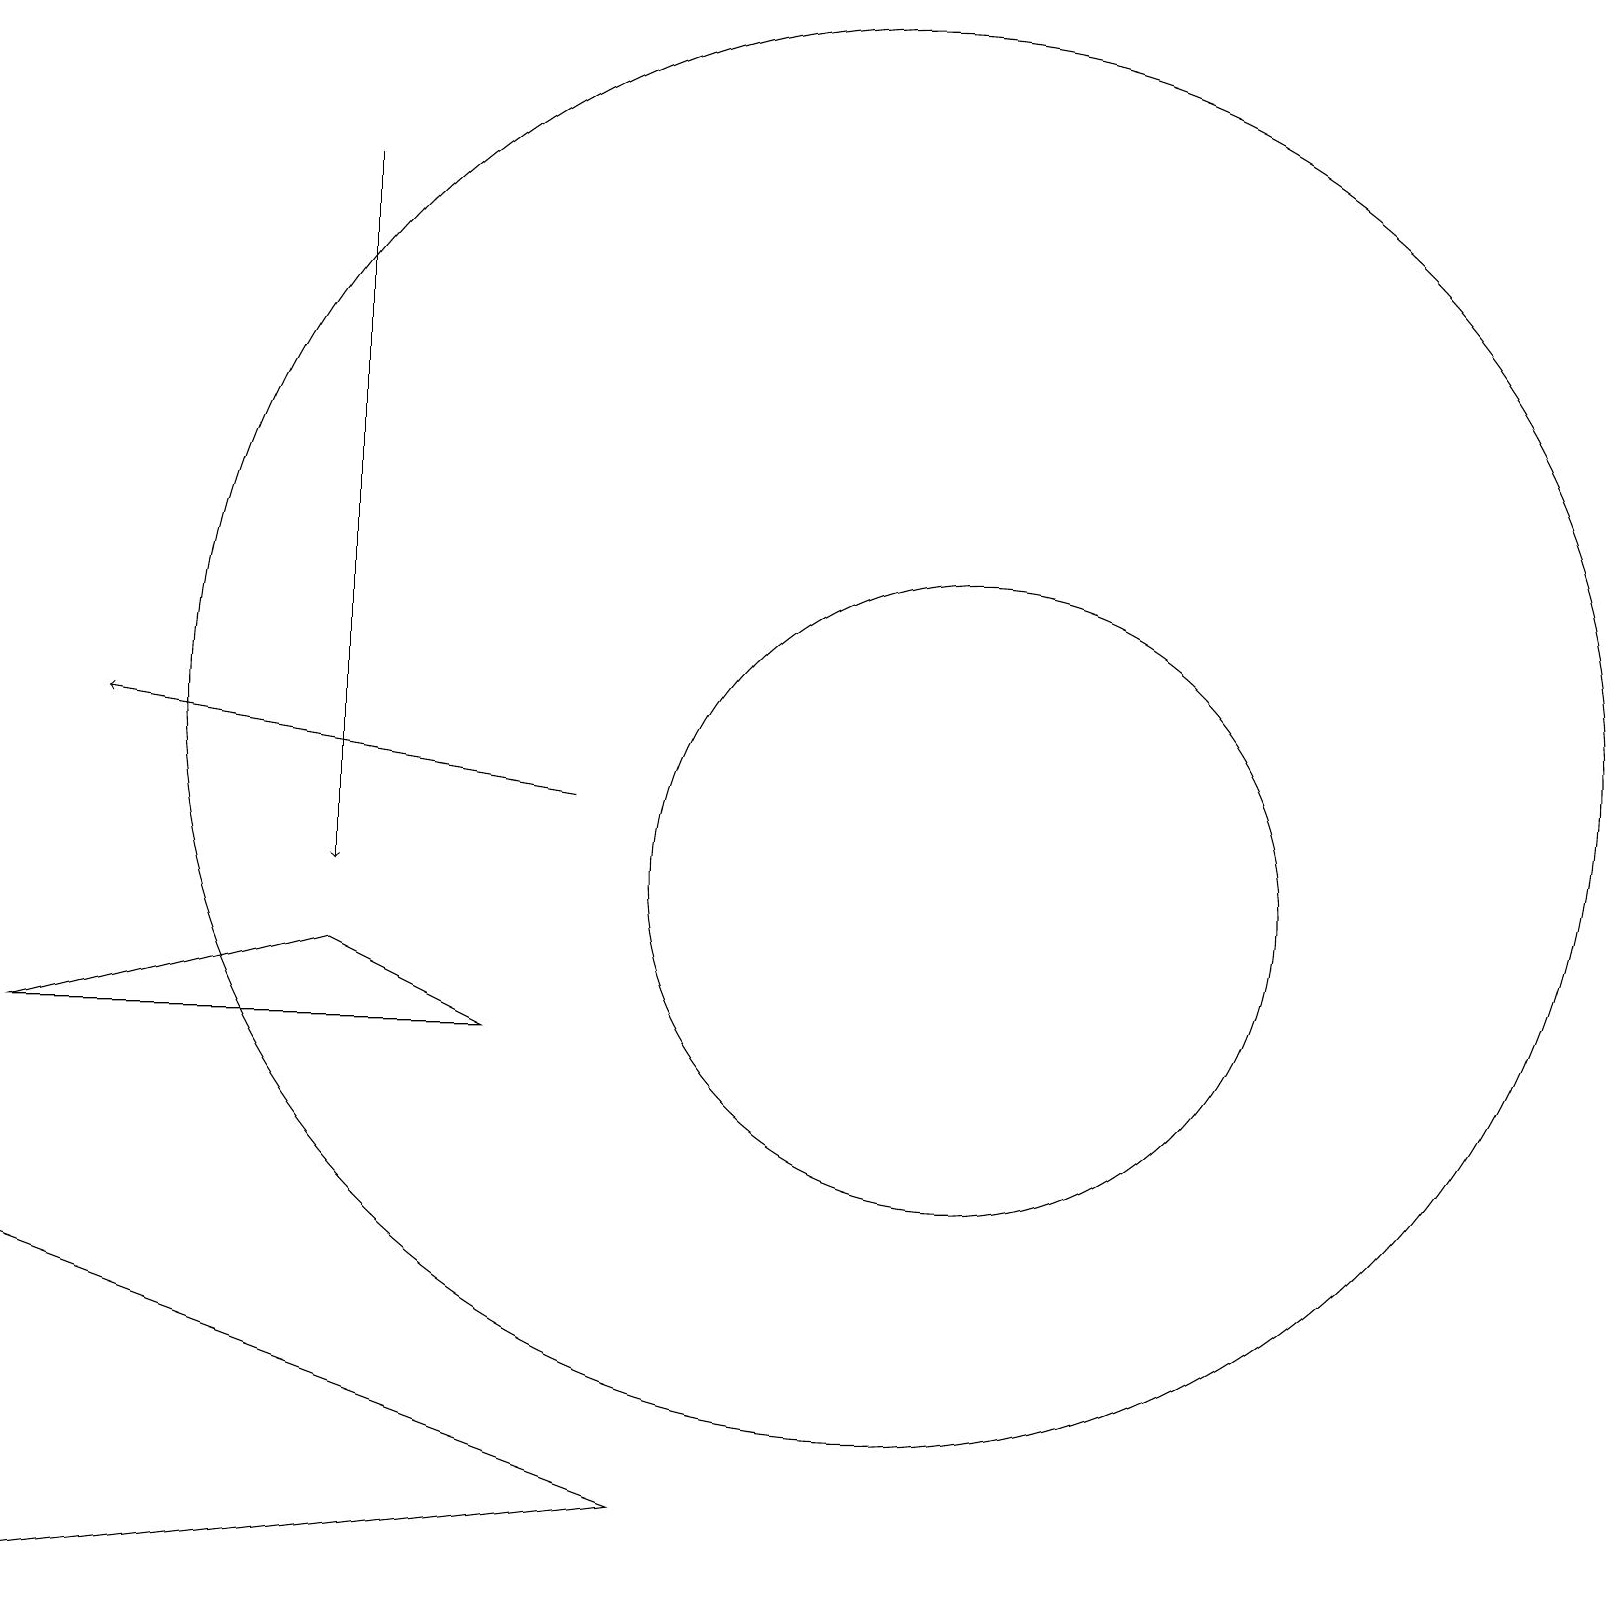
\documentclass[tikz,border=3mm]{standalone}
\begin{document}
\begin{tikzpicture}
\draw (11,12) circle (9);
\draw (12,10) circle (4);
\draw (0,5) -- (0,1) -- (8,2) -- cycle;
\draw[->] (4,19) -- (4,10);
\draw (6,8) -- (0,8) -- (4,9) -- cycle;
\draw[->] (7,11) -- (1,12);
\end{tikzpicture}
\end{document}